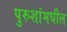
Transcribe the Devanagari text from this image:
पुरुशांमधील